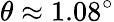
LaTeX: \theta\approx 1.08^{\circ}